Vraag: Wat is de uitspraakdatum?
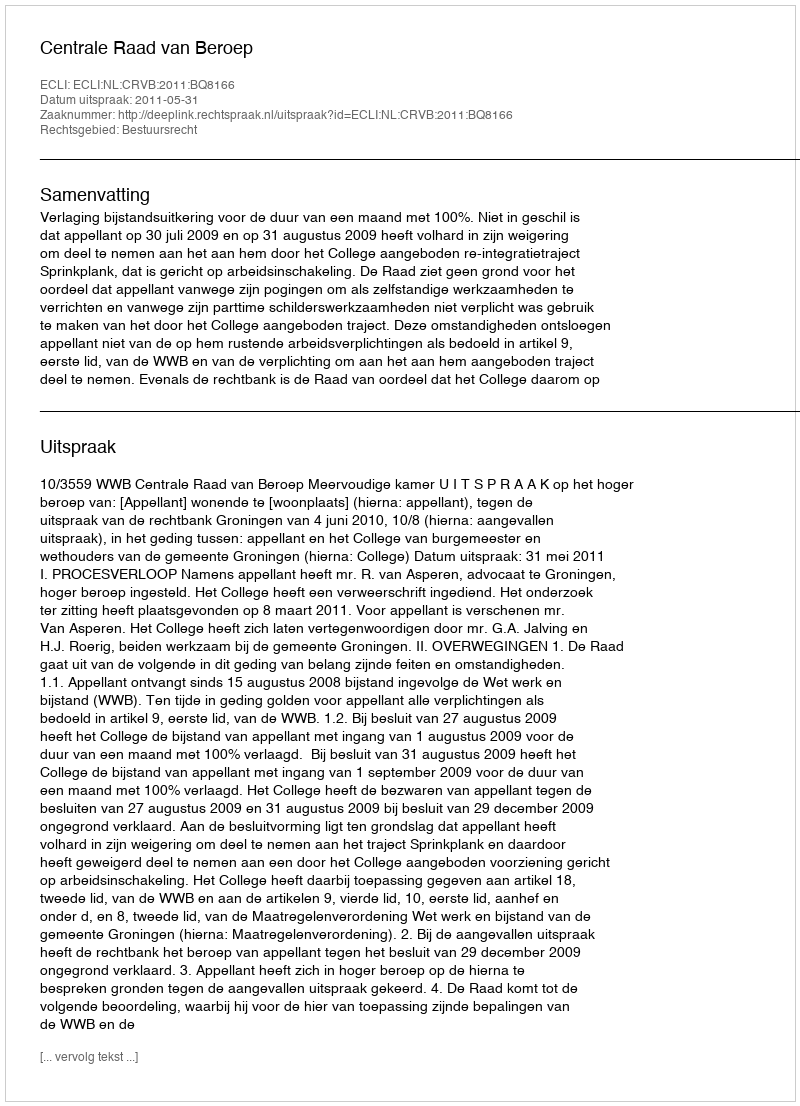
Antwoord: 2011-05-31